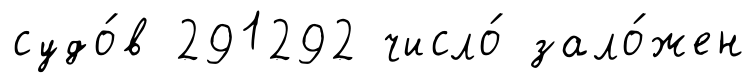
судо́в 291292 число́ зало́жен